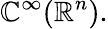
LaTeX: \mathbb{C}^{\infty}(\mathbb{{R}}^{n}).